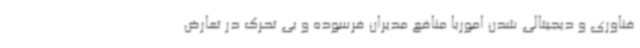
فناوری و دیجیتالی شدن اموربا منافع مدیران فرسوده و بی تحرک در تعارض